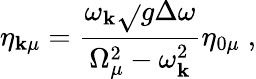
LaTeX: \eta_{\mathbf{k}\mu}=\frac{{\omega_{\mathbf{k}}\sqrt{}{{g\Delta\omega}}}}{{\Omega_{\mu}^{2}-\omega_{\mathbf{k}}^{2}}}\eta_{0\mu}\; ,